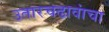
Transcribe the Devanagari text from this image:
उतारचढावांचा